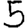
Digit: 5